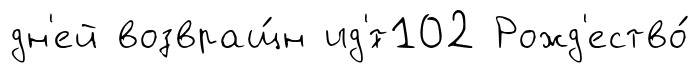
дн'ей возвращ́н ид'́т102 Рожд'ество́